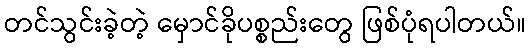
တင်သွင်းခဲ့တဲ့ မှောင်ခိုပစ္စည်းတွေ ဖြစ်ပုံရပါတယ်။